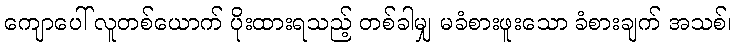
ကျောပေါ် လူတစ်ယောက် ပိုးထားရသည့် တစ်ခါမျှ မခံစားဖူးသော ခံစားချက် အသစ်၊